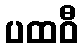
ပထဝီ